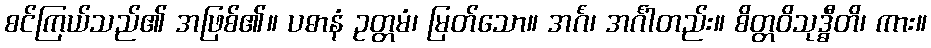
စင်ကြယ်သည်၏ အဖြစ်၏။ ပဓာနံ ဥတ္တမံ၊ မြတ်သော။ အင်္ဂံ၊ အင်္ဂါတည်း။ စိတ္တဝိသုဒ္ဓီတိ၊ ကား။